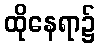
ထိုနေရာ၌